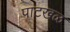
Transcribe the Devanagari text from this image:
पाटखळ